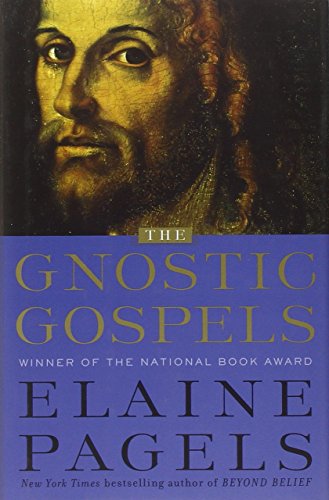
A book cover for The Gnostic Gospels; Elaine Pagels; Christian Books & Bibles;